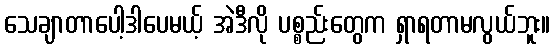
သေချာတာပေါ့ဒါပေမယ့် အဲဒီလို ပစ္စည်းတွေက ရှာရတာမလွယ်ဘူး။